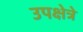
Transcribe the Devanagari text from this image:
उपक्षेत्रे